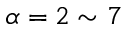
\alpha = 2 \sim 7